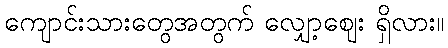
ကျောင်းသားတွေအတွက် လျှော့ဈေး ရှိလား။